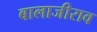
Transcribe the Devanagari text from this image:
बालाजीराव